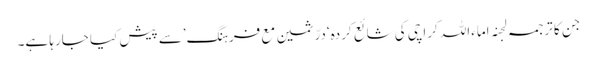
جن کا ترجمہ لجنہ اماءاللہ کراچی کی شائع کردہ ‘درّثمین مع فرہنگ’سے پیش کیا جارہا ہے۔